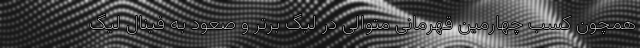
همچون کسب چهارمین قهرمانی متوالی در لیگ برتر و صعود به فینال لیگ